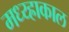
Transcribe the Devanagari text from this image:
मध्य्ह्राकाल